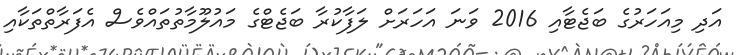
އަދި މިއަހަރުގެ ބަޖެޓާއި 2016 ވަނަ އަހަރަށް ލަފާކުރާ ބަޖެޓްގެ މައުލޫމާތުތައްވެސް އެފަރާތްތަކާއި